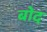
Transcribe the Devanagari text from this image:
बोद